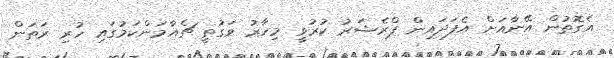
އެގޮތުން އޭނާއަށް އެފަދައިން ޕްރެޝަރު ކުރުވީ މިހާރު ވަގުތީ ޗެއާމަންކަމުގައި ހުރި ރަތަން